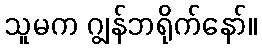
သူမက ဂျွန်ဘရိုက်နော်။